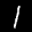
Label: 1